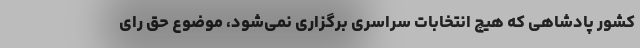
کشور پادشاهی که هیچ انتخابات سراسری برگزاری نمی‌شود، موضوع حق رای